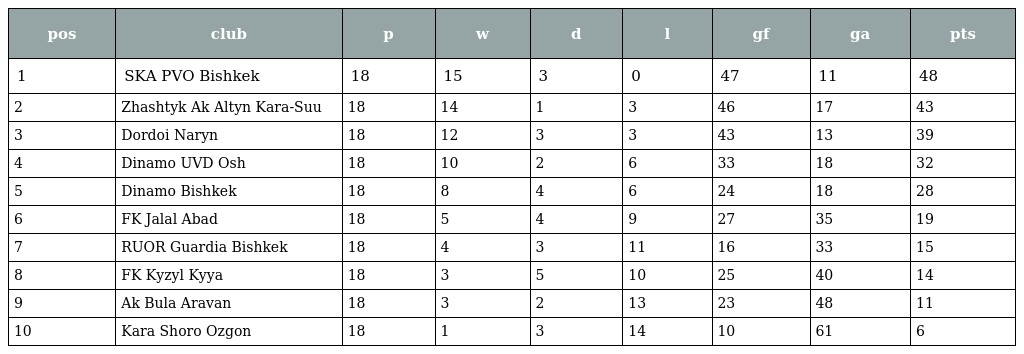
| pos | club | p | w | d | l | gf | ga | pts |
 | --- | --- | --- | --- | --- | --- | --- | --- | --- |
 | 1 | SKA PVO Bishkek | 18 | 15 | 3 | 0 | 47 | 11 | 48 |
 | 2 | Zhashtyk Ak Altyn Kara-Suu | 18 | 14 | 1 | 3 | 46 | 17 | 43 |
 | 3 | Dordoi Naryn | 18 | 12 | 3 | 3 | 43 | 13 | 39 |
 | 4 | Dinamo UVD Osh | 18 | 10 | 2 | 6 | 33 | 18 | 32 |
 | 5 | Dinamo Bishkek | 18 | 8 | 4 | 6 | 24 | 18 | 28 |
 | 6 | FK Jalal Abad | 18 | 5 | 4 | 9 | 27 | 35 | 19 |
 | 7 | RUOR Guardia Bishkek | 18 | 4 | 3 | 11 | 16 | 33 | 15 |
 | 8 | FK Kyzyl Kyya | 18 | 3 | 5 | 10 | 25 | 40 | 14 |
 | 9 | Ak Bula Aravan | 18 | 3 | 2 | 13 | 23 | 48 | 11 |
 | 10 | Kara Shoro Ozgon | 18 | 1 | 3 | 14 | 10 | 61 | 6 |